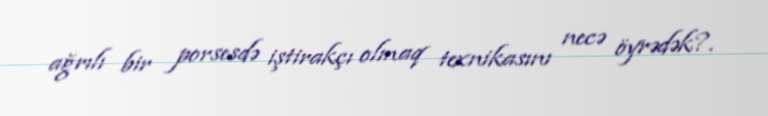
ağrılı bir porsesdə iştirakçı olmaq texnikasını necə öyrədək?.